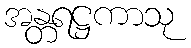
အန္တရဋ္ဌကာသု